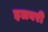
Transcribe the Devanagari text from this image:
इलबरी